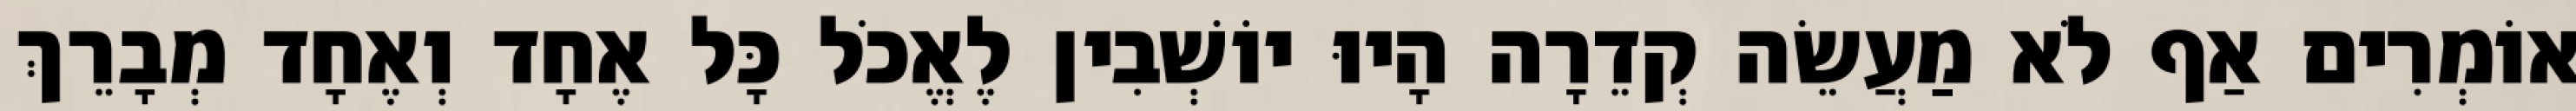
אוֹמְרִים אַף לֹא מַעֲשֵׂה קְדֵרָה הָיוּ יוֹשְׁבִין לֶאֱכֹל כָּל אֶחָד וְאֶחָד מְבָרֵךְ